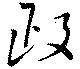
政